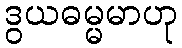
ဒွယဓမ္မမာဟု